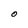
Character: O